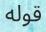
قوله